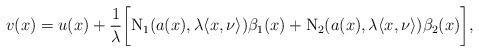
LaTeX: \begin{align*}v(x) = u(x) +\frac{1}{\lambda}\bigg[\mathrm N_1(a(x),\lambda \langle x,\nu\rangle)\beta_1(x)+\mathrm N_2 (a(x),\lambda \langle x,\nu\rangle)\beta_2(x)\bigg],\end{align*}